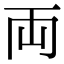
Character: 両